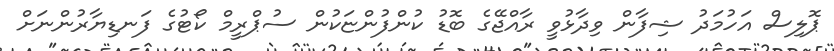
ޕޮލިސް އަހުމަދު ޝިފާން ވިދާޅުވީ ރާއްޖޭގެ ބޮޑު ކުންފުންޏަކުން ސުޕްރީމް ކޯޓުގެ ފަނޑިޔާރުންނަށް